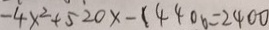
- 4 x ^ { 2 } + 5 2 0 x - ( 4 4 0 0 = 2 4 0 0